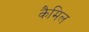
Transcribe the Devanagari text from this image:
कैमिल